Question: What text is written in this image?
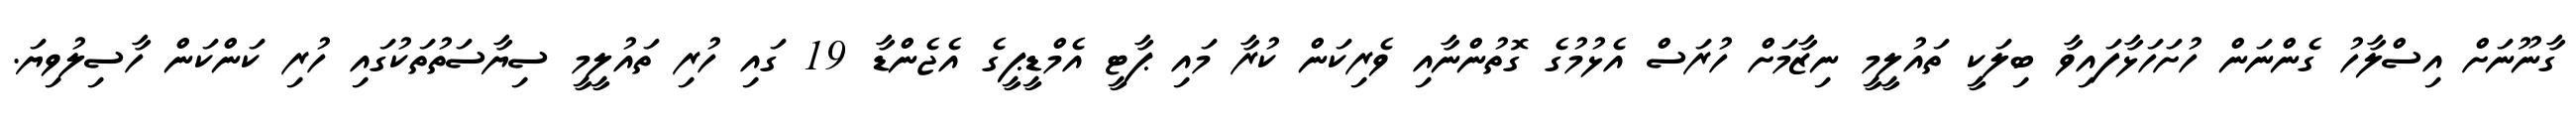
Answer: ގާނޫނަށް އިސްލާހު ގެންނަން ހުށަހަޅާފައިވާ ބިލަކީ ތައުލީމީ ނިޒާމަށް ހުރަސް އެޅުމުގެ ގޮތުންނާއި ވެރިކަން ކުރާ މައި ޕާޓީ އެމްޑީޕީގެ އެޖެންޑާ 19 ގައި ހުރި ތައުލީމީ ސިޔާސަތުތަކުގައި ހުރި ކަންކަން ހާސިލުވިޔަ.